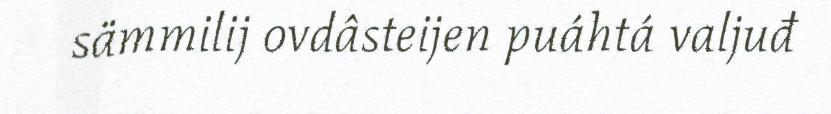
sämmilij ovdâsteijen puáhtá valjuđ